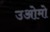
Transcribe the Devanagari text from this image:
उओमो